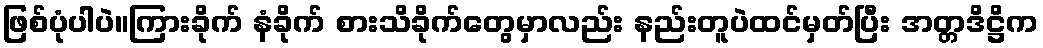
ဖြစ်ပုံပါပဲ။ကြားခိုက် နံခိုက် စားသိခိုက်တွေမှာလည်း နည်းတူပဲထင်မှတ်ပြီး အတ္တဒိဋ္ဌိက